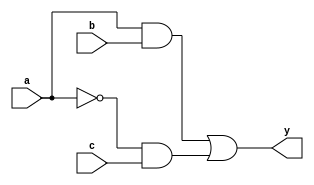
module combinational_logic_block (
    input wire a,  // Input variable a
    input wire b,  // Input variable b
    input wire c,  // Input variable c
    output wire y  // Output variable y
);

// Minimized Logic Expression
// Hypothetical minimized expression derived using hybrid techniques:
// y = (a AND b) OR (NOT a AND c)
assign y = (a & b) | (~a & c);

endmodule